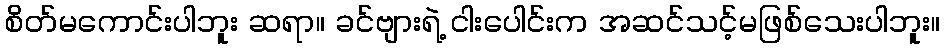
စိတ်မကောင်းပါဘူး ဆရာ။ ခင်ဗျားရဲ့ ငါးပေါင်းက အဆင်သင့်မဖြစ်သေးပါဘူး။